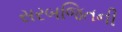
સરબજિતની